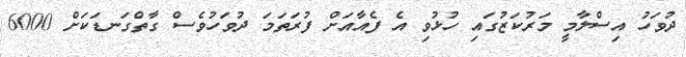
ދުވަހު އިސްލާމީ މަރުކަޒުގައި ހުޅުވި އެ ފެއާއަށް ފުރަތަމަ ދުވަހުވެސް ގާތްގަނޑަކަށް 6000